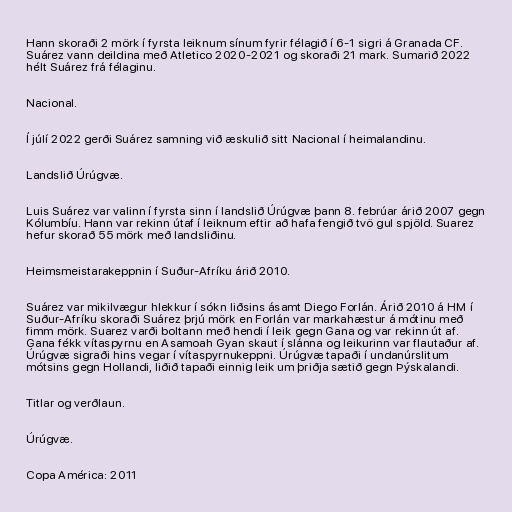
Hann skoraði 2 mörk í fyrsta leiknum sínum fyrir félagið í 6-1 sigri á Granada CF.
Suárez vann deildina með Atletico 2020-2021 og skoraði 21 mark. Sumarið 2022
hélt Suárez frá félaginu.

Nacional.

Í júlí 2022 gerði Suárez samning við æskulið sitt Nacional í heimalandinu.

Landslið Úrúgvæ.

Luis Suárez var valinn í fyrsta sinn í landslið Úrúgvæ þann 8. febrúar árið 2007 gegn
Kólumbíu. Hann var rekinn útaf í leiknum eftir að hafa fengið tvö gul spjöld. Suarez
hefur skorað 55 mörk með landsliðinu.

Heimsmeistarakeppnin í Suður-Afríku árið 2010.

Suárez var mikilvægur hlekkur í sókn liðsins ásamt Diego Forlán. Árið 2010 á HM í
Suður-Afríku skoraði Suárez þrjú mörk en Forlán var markahæstur á mótinu með
fimm mörk. Suarez varði boltann með hendi í leik gegn Gana og var rekinn út af.
Gana fékk vítaspyrnu en Asamoah Gyan skaut í slánna og leikurinn var flautaður af.
Úrúgvæ sigraði hins vegar í vítaspyrnukeppni. Úrúgvæ tapaði í undanúrslitum
mótsins gegn Hollandi, liðið tapaði einnig leik um þriðja sætið gegn Þýskalandi.

Titlar og verðlaun.

Úrúgvæ.

Copa América: 2011